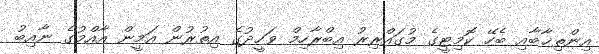
އިންތިޚާބާއި ބެހޭ ކޮމިޓީގެ މުގައްރިރު އިބްރާހިމް ވަހީދުގެ އިތުރުން އަމީން އާއްމުގެ ނާއިބު